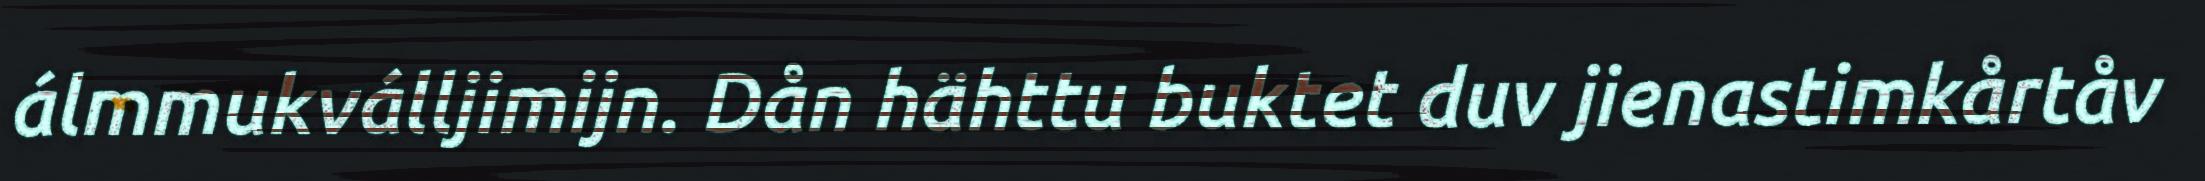
álmmukválljimijn. Dån hähttu buktet duv jienastimkårtåv